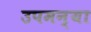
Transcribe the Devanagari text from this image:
उपमन्या